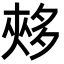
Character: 𡖳